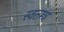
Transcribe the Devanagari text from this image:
स्वतम्त्र